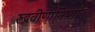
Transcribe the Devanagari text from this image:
रुद्रवीणानिष्णात